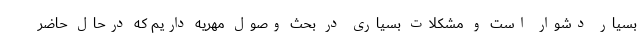
بسیار دشوار است و مشکلات بسیاری در بحث وصول مهریه داریم که درحال حاضر